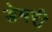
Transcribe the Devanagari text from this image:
डेमरी